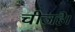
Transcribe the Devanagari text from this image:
चीजहै।